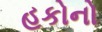
હકોનો